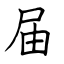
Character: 届